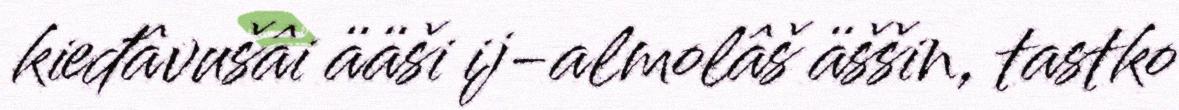
kieđâvušâi ääši ij-almolâš äššin, tastko